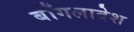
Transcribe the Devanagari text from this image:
बाँगलादेश